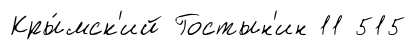
Кры́мск'ий Гостын'ин 11 515